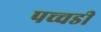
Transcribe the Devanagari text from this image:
पच्चडी